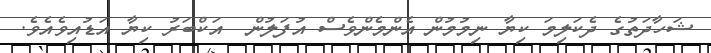
ޝަހާދަތުގެ ދެކަލިމަ ކިޔާ ނިމުމުން އެންމެންވެސް އުފަލުން  އަކްބަރު ކިޔާ އަޑުއިވެއެވެ.